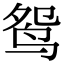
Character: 鸳